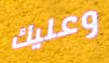
وعليك